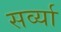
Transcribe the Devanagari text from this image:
सर्व्या